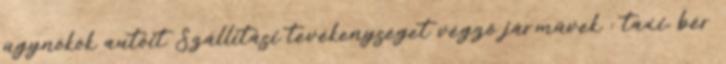
ügynökök autóit Szállítási tevékenységet végző járművek : taxi, bér